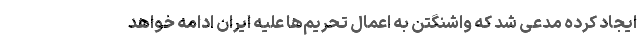
ایجاد کرده مدعی شد که واشنگتن به اعمال تحریم‌ها علیه ایران ادامه خواهد